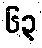
၆၃